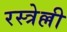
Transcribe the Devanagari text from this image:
रस्त्रेल्ली